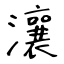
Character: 瀼